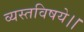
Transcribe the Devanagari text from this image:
व्यस्तविषये।।